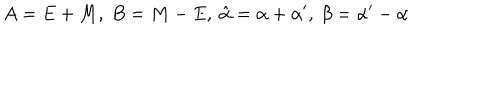
A = E + { M } , \ B = { M } - E , \ \hat { \alpha } = \alpha + \alpha ^ { \prime } , \ \beta = \alpha ^ { \prime } - \alpha